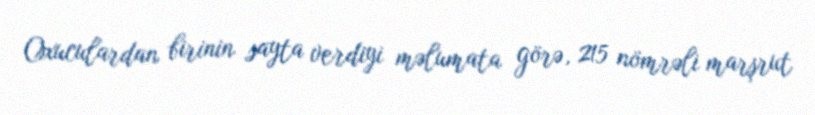
Oxuculardan birinin sayta verdiyi məlumata görə, 215 nömrəli marşrut